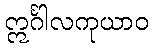
ဣင်္ဂါလကုယာဝ